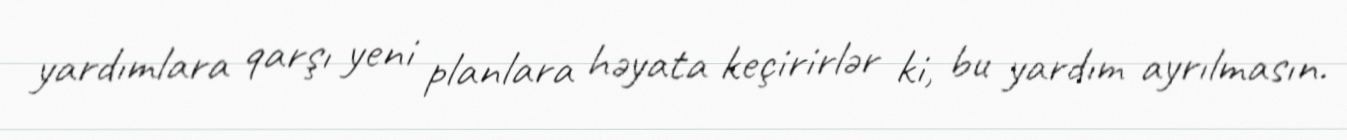
yardımlara qarşı yeni planlara həyata keçirirlər ki, bu yardım ayrılmasın.